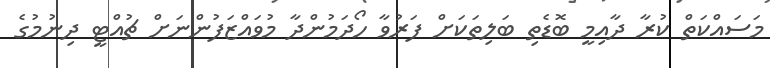
މަސައްކަތް ކުރާ ދާއިމީ ބޮޑެތި ބަލިތަކަށް ފަރުވާ ހޯދަމުންދާ މުވައްޒަފުންނަށް ޗުއްޓީ ދިނުމުގެ